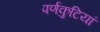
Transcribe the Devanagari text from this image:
पर्णकुटियां